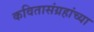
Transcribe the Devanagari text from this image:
कवितासंग्रहांच्या